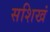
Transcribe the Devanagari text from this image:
सशिखं